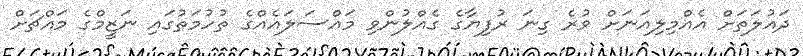
ދައުލަތަށް އެއްމިލިއަނަށް ވުރެ ގިނަ ރުފިޔާގެ ގެއްލުންވި މައްސަލައެއްގެ ތުހުމަތުގައި ނަޒީމްގެ މައްޗަށް